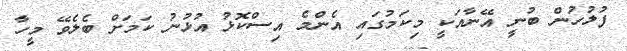
ފުލުހުން ބުނީ އޭނާއަކީ މިކަމުގައި އެންމެ އިސްކޮޅު އުޅުނު ކަމަށް ބެލެވޭ މީހާ